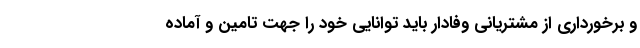
و برخورداری از مشتریانی وفادار باید توانایی خود را جهت تامین و آماده